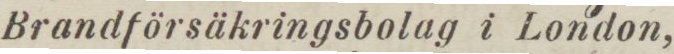
Brandförsäkringsbolag i London,